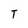
Character: T